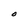
Character: O